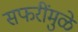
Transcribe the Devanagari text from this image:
सफरींमुळे